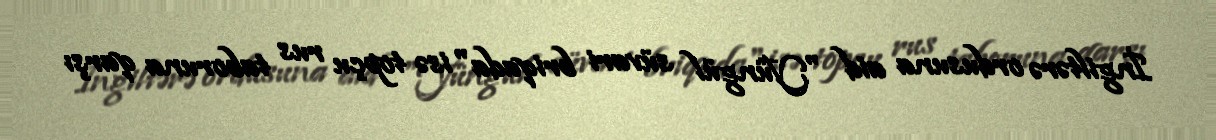
İngiltərə ordusuna aid "Yüngül süvari briqada" isə topçu rus taboruna qarşı